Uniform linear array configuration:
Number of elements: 16
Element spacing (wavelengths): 1
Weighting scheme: blackman
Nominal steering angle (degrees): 60
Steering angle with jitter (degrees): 59.645
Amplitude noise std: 0.05
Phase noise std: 0.05

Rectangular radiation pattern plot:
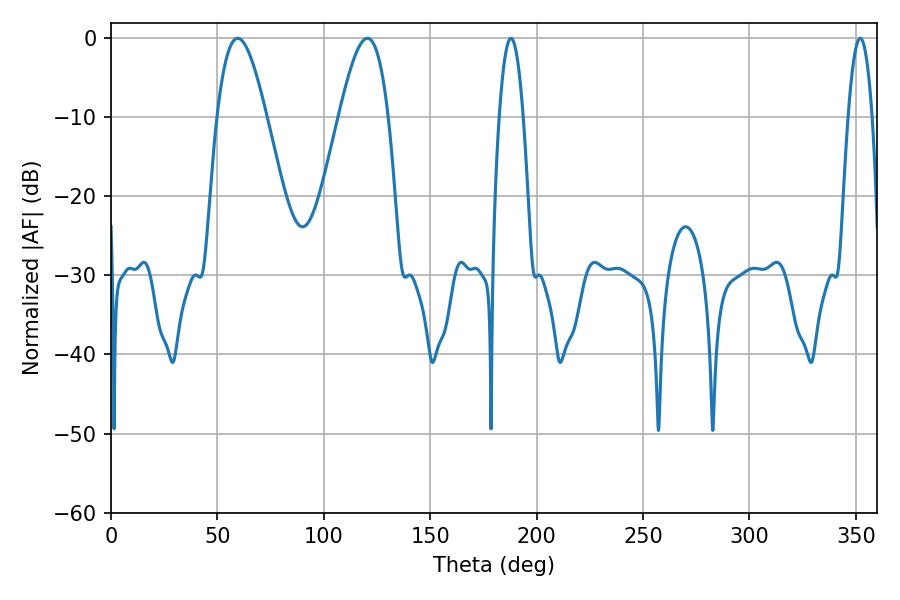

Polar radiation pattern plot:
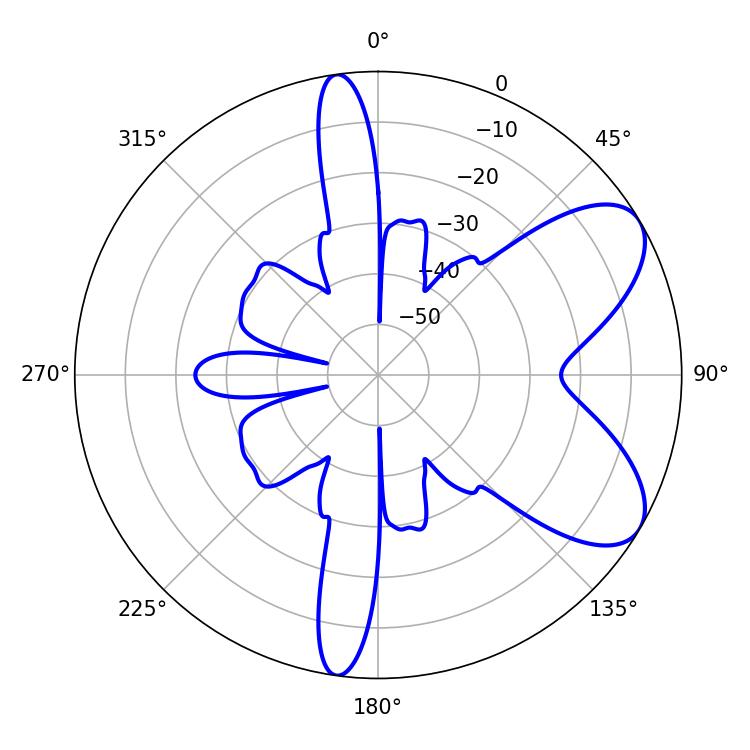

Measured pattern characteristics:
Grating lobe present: TRUE
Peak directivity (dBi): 7.194
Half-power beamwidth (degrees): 6.12
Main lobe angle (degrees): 187.92